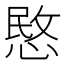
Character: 愍